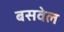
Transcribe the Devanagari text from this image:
बसवेल